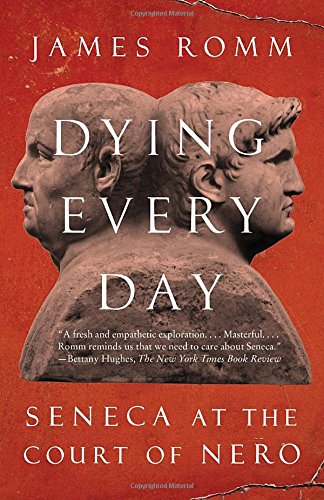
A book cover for Dying Every Day: Seneca at the Court of Nero; James Romm; Biographies & Memoirs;